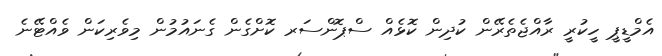
އެމްޑީޕީ ހީކުރީ ރާއްޖެތެރޭން ކުދިން ކޮޅެއް ސްޕޮންސަރ ކޮށްގެން ގެނައުމުން މިވެރިކަން ވެއްޓޭނެ